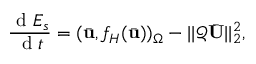
\frac { \mathrm { ~ d ~ } E _ { s } } { \mathrm { ~ d ~ } t } = ( \bar { \mathbf { u } } , f _ { H } ( \bar { \mathbf { u } } ) ) _ { \Omega } - | | \mathcal { Q } \bar { \mathbf { U } } | | _ { 2 } ^ { 2 } ,